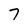
Character: 7